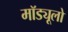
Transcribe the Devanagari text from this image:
मॉड्यूलो